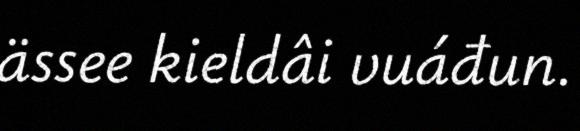
ässee kieldâi vuáđun.